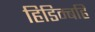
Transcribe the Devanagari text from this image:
हिडिम्बहि